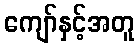
ကျော်နှင့်အတူ